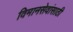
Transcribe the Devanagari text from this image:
विमानसेवांसाठी